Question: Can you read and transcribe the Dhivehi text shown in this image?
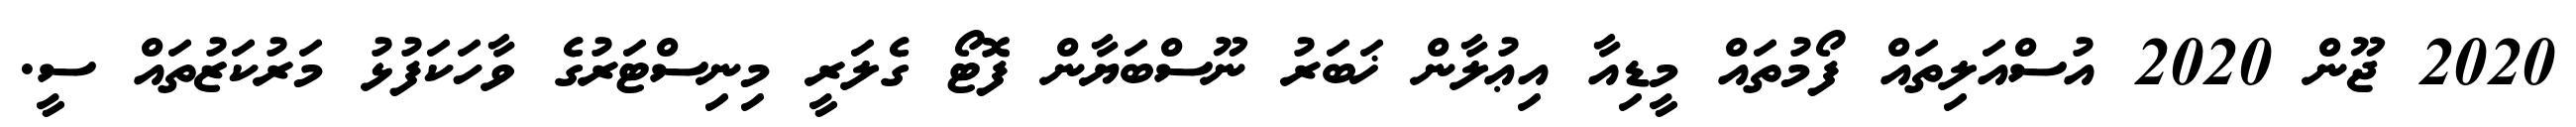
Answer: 2020 ޖޫން 2020 އުސްއަލިތައް ފޯމުތައް މީޑިއާ އިޢުލާން ޚަބަރު ނޫސްބަޔާން ފޮޓޯ ގެލަރީ މިނިސްޓަރުގެ ވާހަކަފުޅު މަރުކަޒުތައް ސީ.